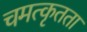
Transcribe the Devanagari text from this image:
चमत्कृतता